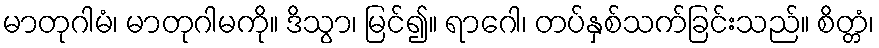
မာတုဂါမံ၊ မာတုဂါမကို။ ဒိသွာ၊ မြင်၍။ ရာဂေါ၊ တပ်နှစ်သက်ခြင်းသည်။ စိတ္တံ၊